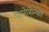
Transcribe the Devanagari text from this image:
टिमोशेन्को